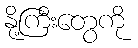
နို့ကြီးတွေကို